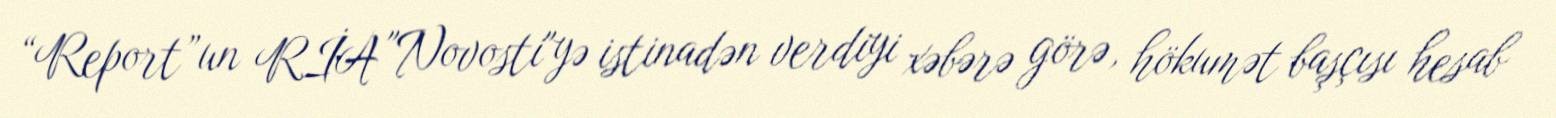
“Report”un RİA "Novosti"yə istinadən verdiyi xəbərə görə, hökumət başçısı hesab